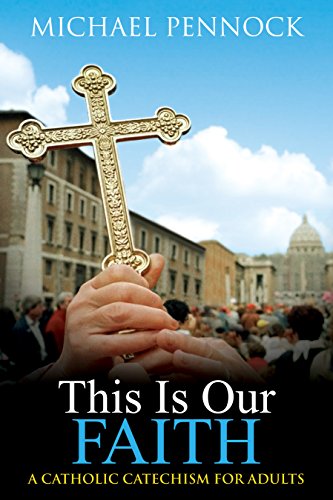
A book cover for This Is Our Faith: A Catholic Catechism for Adults; Michael Francis Pennock; Christian Books & Bibles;